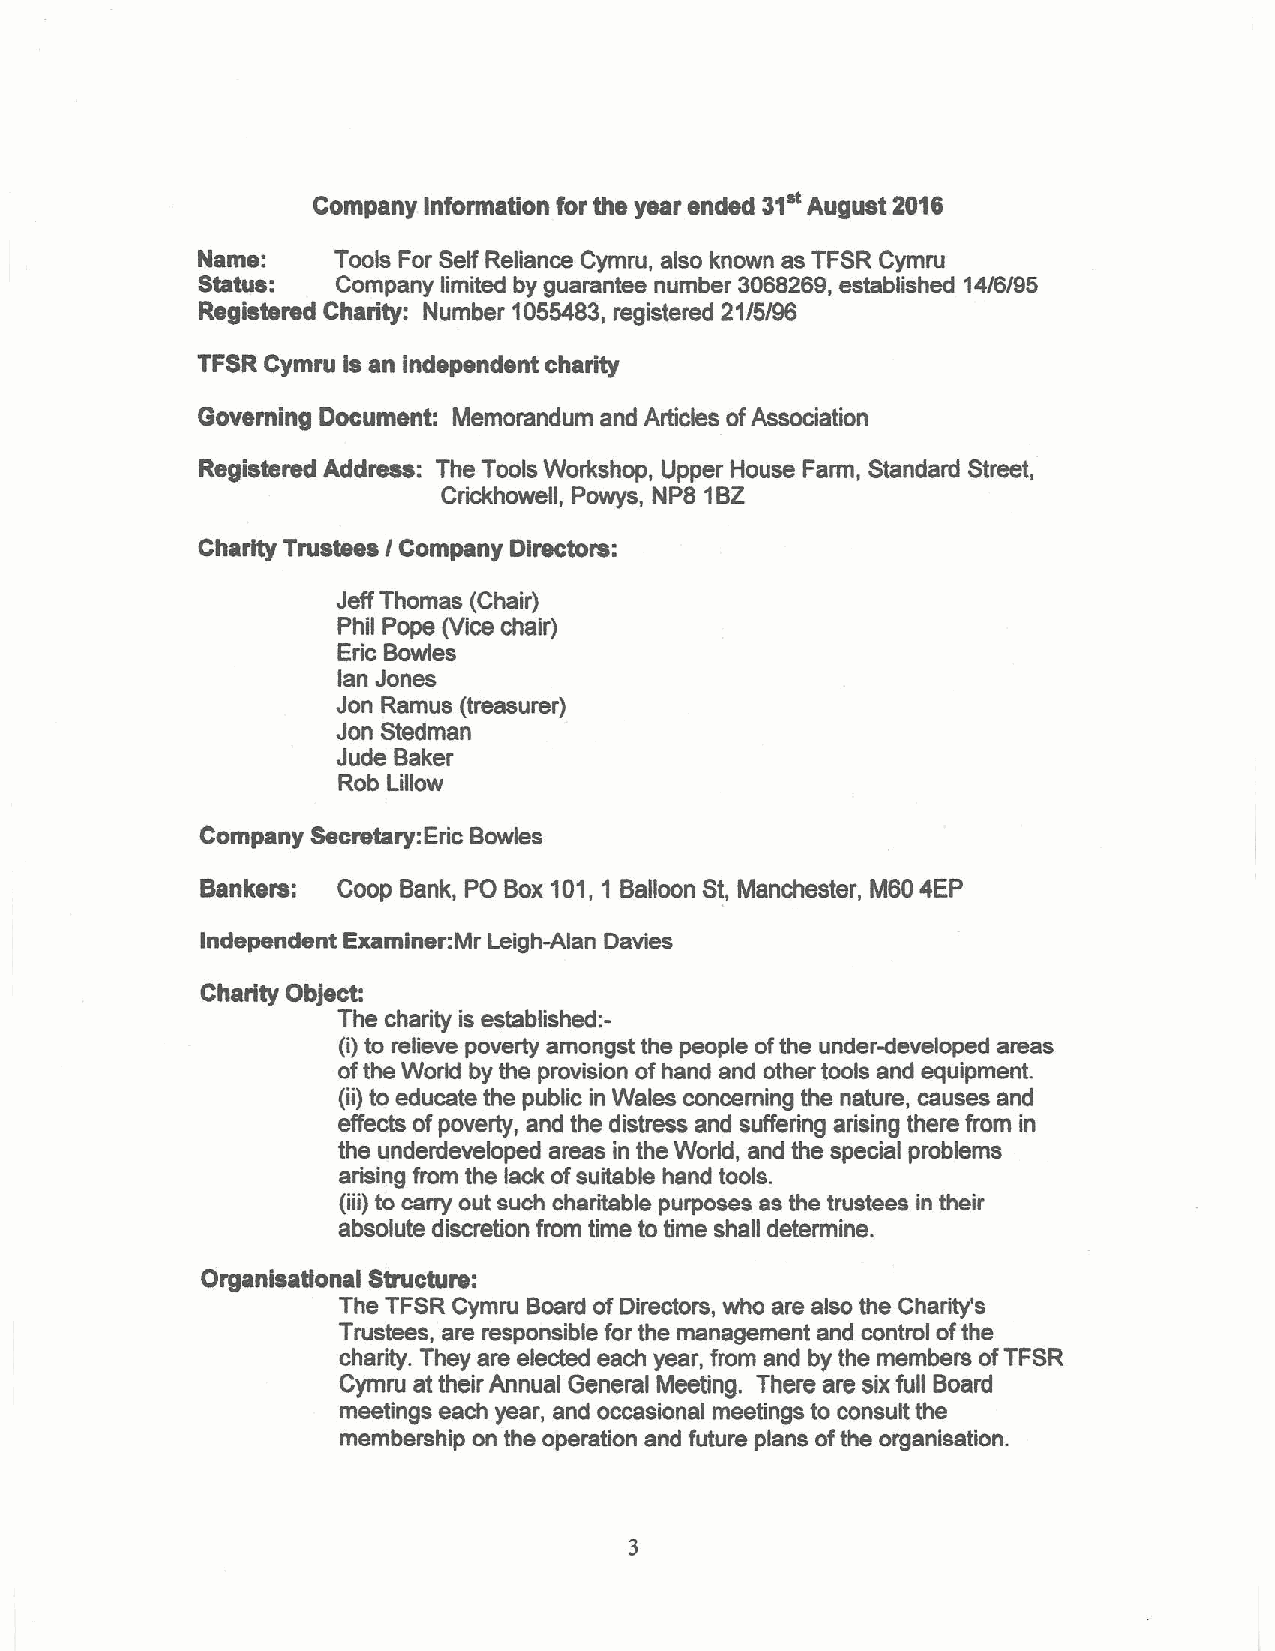
31"
 Company Informagon for the year ended August 2016
 Name:    Tools For Self Reliance Cymru, also known as TFSR Cymru
 Status:  Company limited by guarantee number 3088269,established 14/8/95
 Registered Charity: Number 1055483, registered 21/5/96
 TFSRCymru is an independent charity
 Governing Document: Memorandum and Articles ofAssociation
 Registered Address: The Tools Workshop, Upper House Farm, Standard Street,
 Crickhowell, Powys, NP8 1BZ
 Charity Trustees / Company Directors:
 JeffThomas (Chair)
 Phil Pope (Vice chair)
 Eric Bowles
 lan Jones
 Jon Ramus (treasurer)
 Jon Stedman
 Jude Baker
 Rob Lillow
 Company Secretary:Eric Bowles
 Bankers: Coop Bank, PO Box101,1 Balloon St, Manchester, M60 4EP
 Independent ExaminerrMr Leigh-Alan Davies
 Charity Object:
 The charity is established:-
 (i)to relieve poverty amongst the people ofthe under-developed areas
 ofthe World by the provision ofhand and other tools and equipment.
 (ii) to educate the public in Wales concerning the nature, causes and
 elfects ofpoverty, and the distress and suffering arising there from in
 the underdeveloped areas in the World, and the special problems
 arising from the lack ofsuitable hand tools.
 (iii) to carry out such charitable purposes as the trustees in their
 absolute discretion from time to time shall determine.
 Organisattonal Structure:
 The TFSR Gymru Board ofDirectors, who are also the Charity's
 Trustees, are responsible for the management and control ofthe
 charity. They are elected each year, from and by the members ofTFSR
 Gymru at their Annual General Meeting. There are six full Board
 meetings each year, and occasional meetings to consult the
 membership on the operation and future plans ofthe organisation.